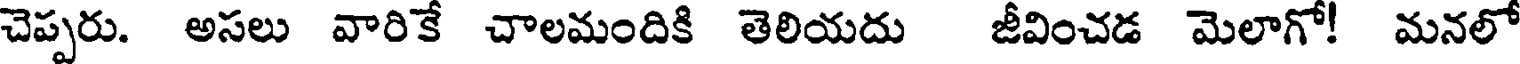
చెప్పరు. అసలు వారికే చాలమందికి తెలియదు జీవించడ మెలాగో! మనలో